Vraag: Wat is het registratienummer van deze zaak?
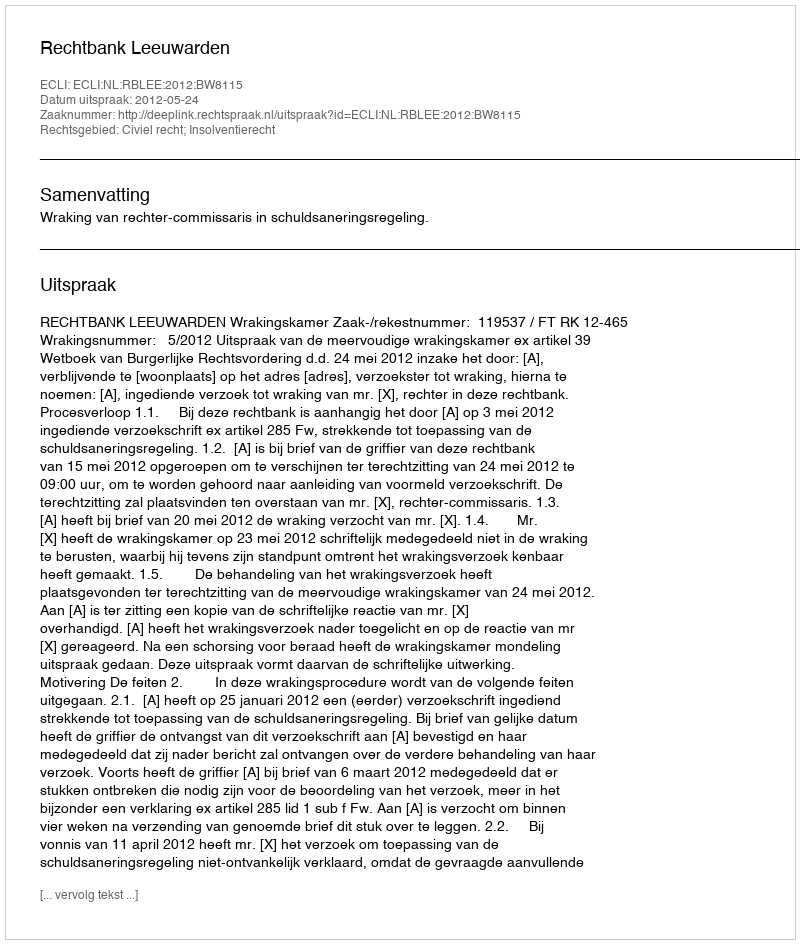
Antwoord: http://deeplink.rechtspraak.nl/uitspraak?id=ECLI:NL:RBLEE:2012:BW8115